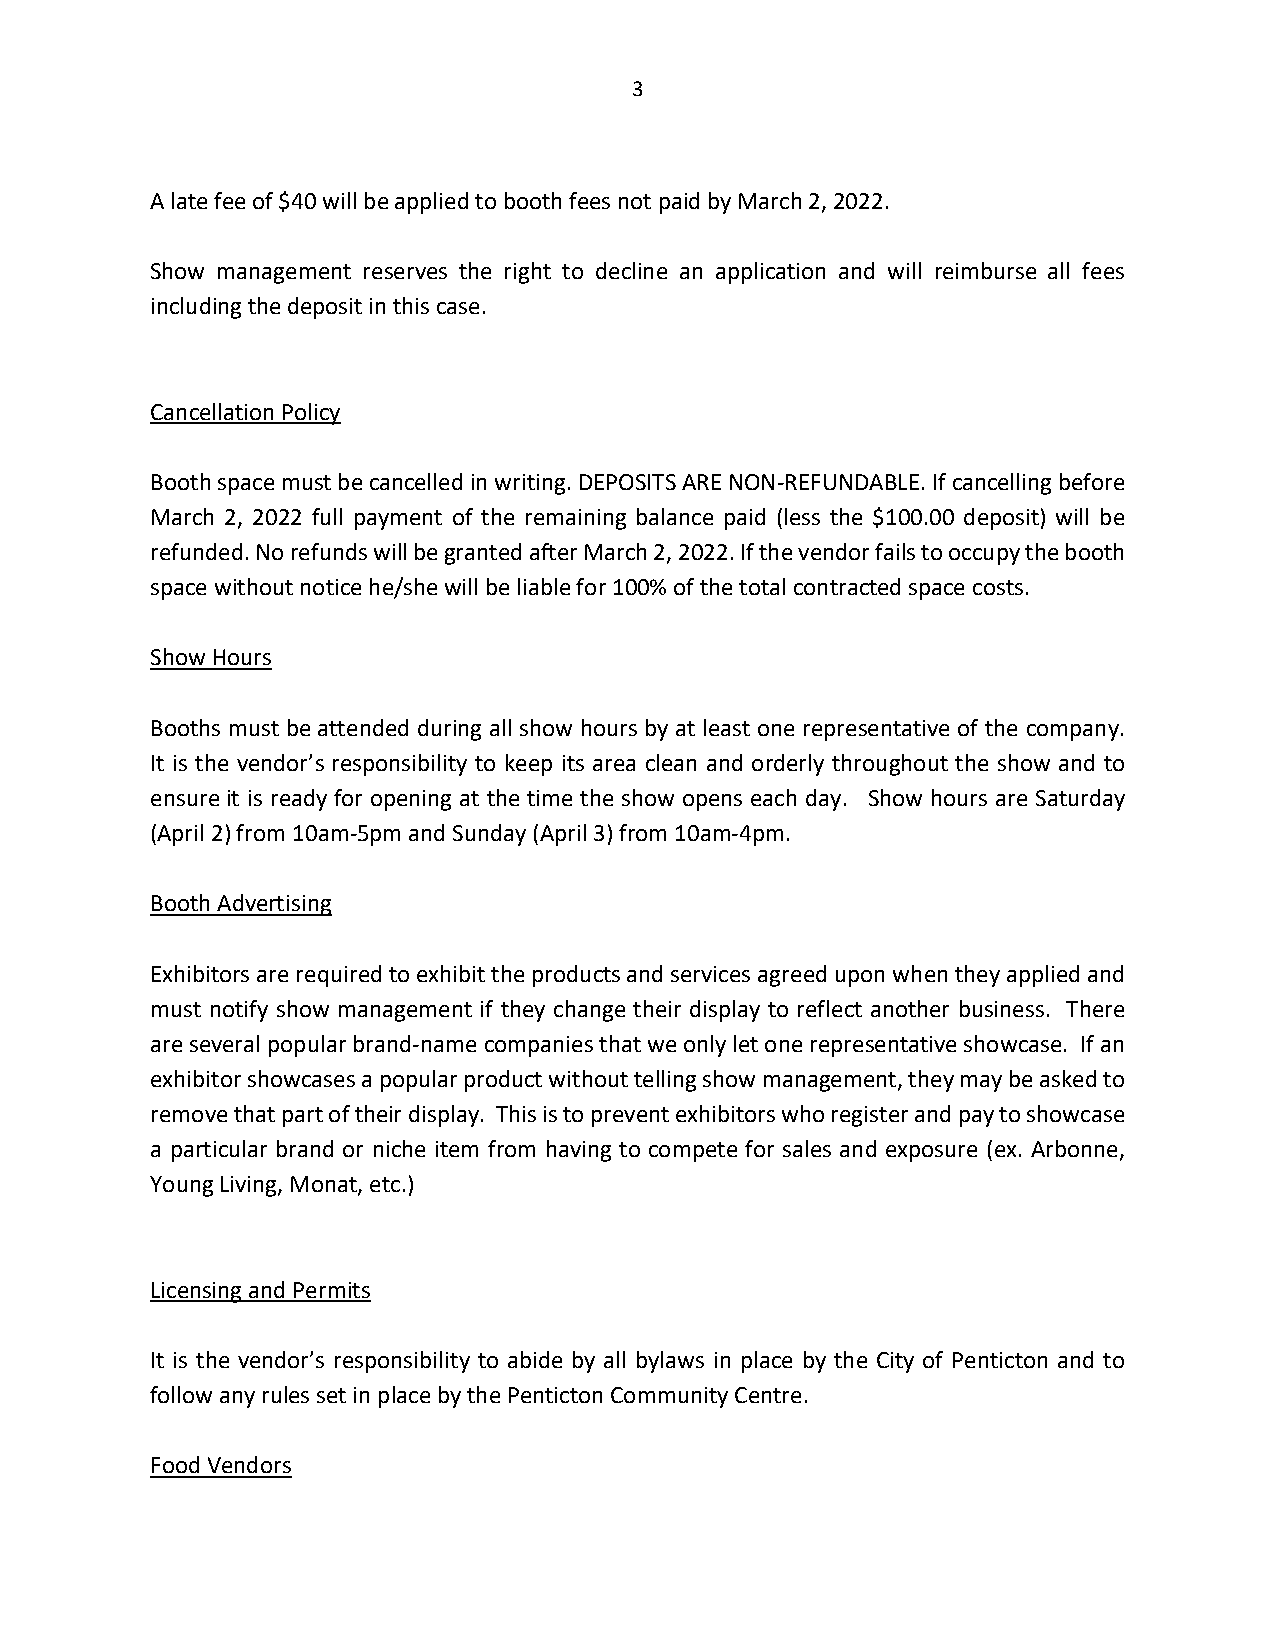
3
 A late fee of $40 will be applied to booth fees not paid by March 2, 2022.
 Show management reserves the right to decline an application and will reimburse all fees
 including the deposit in this case.
 Cancellation Policy
 Booth space must be cancelled in writing. DEPOSITS ARE NON-REFUNDABLE. If cancelling before
 March 2, 2022 full payment of the remaining balance paid (less the $100.00 deposit) will be
 refunded. No refunds will be granted after March 2, 2022. If the vendor fails to occupy the booth
 space without notice he/she will be liable for 100% of the total contracted space costs.
 Show Hours
 Booths must be attended during all show hours by at least one representative of the company.
 It is the vendor’s responsibility to keep its area clean and orderly throughout the show and to
 ensure it is ready for opening at the time the show opens each day. Show hours are Saturday
 (April 2) from 10am-5pm and Sunday (April 3) from 10am-4pm.
 Booth Advertising
 Exhibitors are required to exhibit the products and services agreed upon when they applied and
 must notify show management if they change their display to reflect another business. There
 are several popular brand-name companies that we only let one representative showcase. If an
 exhibitor showcases a popular product without telling show management, they may be asked to
 remove that part of their display. This is to prevent exhibitors who register and pay to showcase
 a particular brand or niche item from having to compete for sales and exposure (ex. Arbonne,
 Young Living, Monat, etc.)
 Licensing and Permits
 It is the vendor’s responsibility to abide by all bylaws in place by the City of Penticton and to
 follow any rules set in place by the Penticton Community Centre.
 Food Vendors